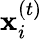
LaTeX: \mathbf{x}_{i}^{(t)}